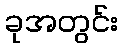
ခုအတွင်း